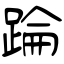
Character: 踚